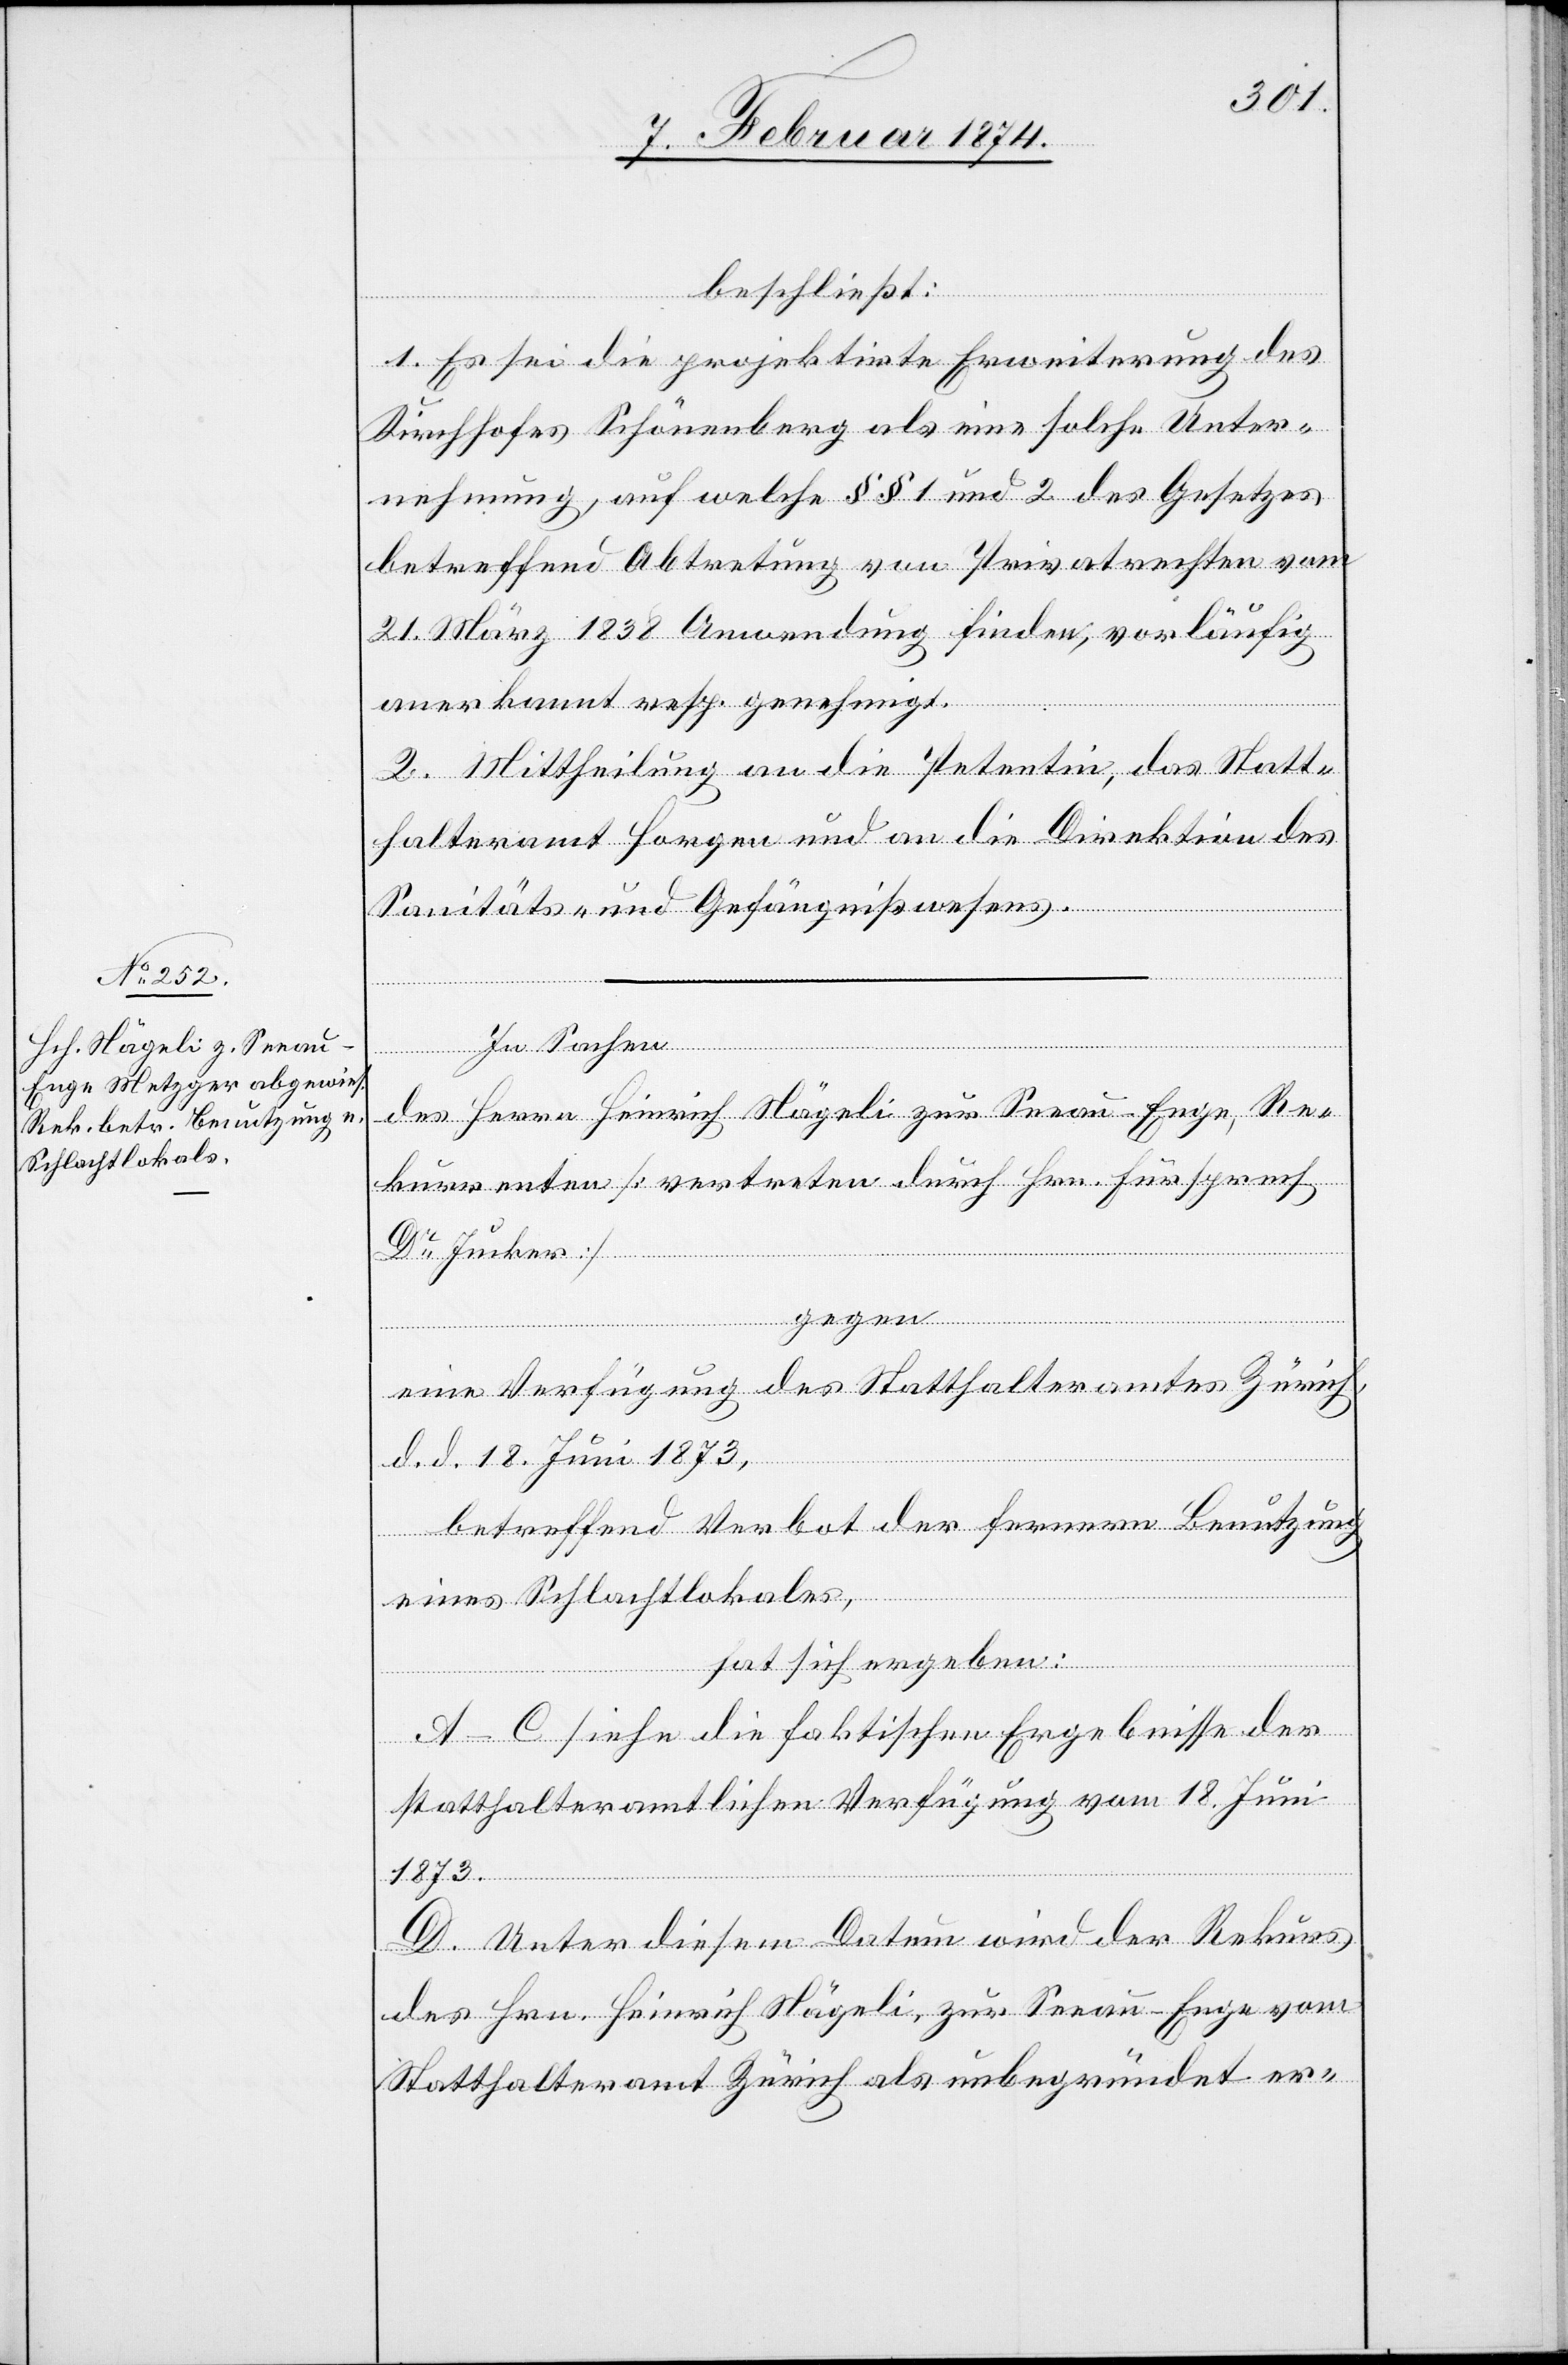
beschließt:
1. Es sei die projektirte Erweiterung des
Kirchhofes Schönenberg als eine solche Unter¬
nehmung, auf welche §§ 1 und 2 des Gesetzes
betreffend Abtretung von Privatrechten vom
21. März 1838 Anwendung finden, vorläufig
anerkannt resp. genehmigt.
2. Mittheilung an die Petentin, das Statt¬
halteramt Horgen und an die Direktion des
Sanitäts- und Gefängnißwesens.
gegen
In Sachen
des Herrn Heinrich Nägeli zur Seeau-Enge, Re¬
kurrenten [vertreten durch Hrn. Fürsprech
Dr Jucker]
eine Verfügung des Statthalteramtes Zürich,
d. d. 18. Juni 1873,
betreffend Verbot der fernern Benutzung
eines Schlachtlokales,
hat sich ergeben:
A–C siehe die faktischen Ergebnisse der
statthalteramtlichen Verfügung vom 18. Juni
1873.
D. Unter diesem Datum wir der Rekurs
des Hrn. Heinrich Nägeli zur Seeau-Enge vom
Statthalteramt Zürich als unbegründet er-